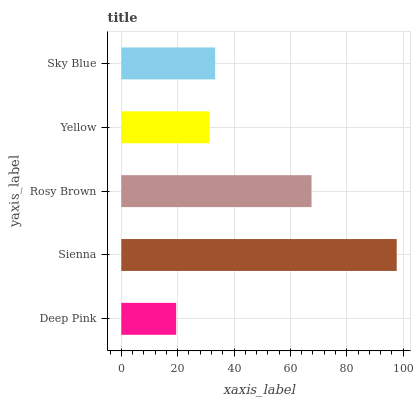
| yaxis_label | bars |
 | --- | --- |
 | Deep Pink | 19.5 |
 | Sienna | 97.7 |
 | Rosy Brown | 67.5 |
 | Yellow | 31.2 |
 | Sky Blue | 33.3 |